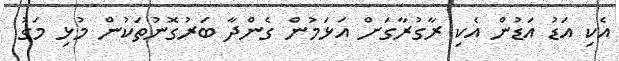
އެކި އަޑު އަޑުން އެކި ރާގުރާގަށް އަޅަމުން ގެންދާ ބަރުގޮނުތަކުން މުޅި މަގު